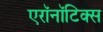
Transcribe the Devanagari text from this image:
एरॉनॉटिक्स